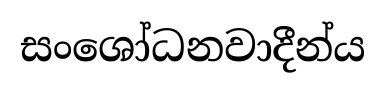
සංශෝධනවාදීන්ය